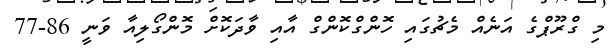
މި ގްރޫޕްގެ އަނެއް މެޗުގައި ހޮންގްކޮންގް އާއި ވާދަކޮށް މޮންގޯލިއާ ވަނީ 86-77